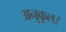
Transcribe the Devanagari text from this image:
अनुकूल।